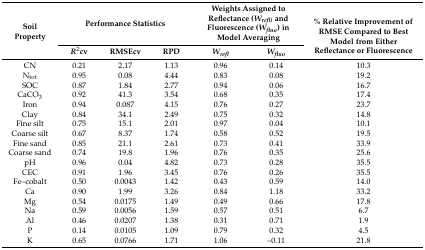
| <ROWSPAN=2> Soil Property | <COLSPAN=3> Performance Statistics | <COLSPAN=2> Weights Assigned to Reflectance (Wrefl) and Fluorescence (Wfluo) in Model Averaging | <ROWSPAN=2> % Relative Improvement of RMSE Compared to Best Model from Either Reflectance or Fluorescence |
 | R2cv | RMSEcv | RPD | Wrefl | Wfluo |
 | --- | --- | --- | --- | --- | --- | --- |
 | CN | 0.21 | 2.17 | 1.13 | 0.96 | 0.14 | 10.3 |
 | Ntot | 0.95 | 0.08 | 4.44 | 0.83 | 0.08 | 19.2 |
 | SOC | 0.87 | 1.84 | 2.77 | 0.94 | 0.06 | 16.7 |
 | CaCO3 | 0.92 | 41.3 | 3.54 | 0.68 | 0.35 | 17.4 |
 | Iron | 0.94 | 0.087 | 4.15 | 0.76 | 0.27 | 23.7 |
 | Clay | 0.84 | 34.1 | 2.49 | 0.75 | 0.32 | 14.8 |
 | Fine silt | 0.75 | 15.1 | 2.01 | 0.97 | 0.04 | 10.1 |
 | Coarse silt | 0.67 | 8.37 | 1.74 | 0.58 | 0.52 | 19.5 |
 | Fine sand | 0.85 | 21.1 | 2.61 | 0.73 | 0.41 | 33.9 |
 | Coarse sand | 0.74 | 19.8 | 1.96 | 0.76 | 0.35 | 25.6 |
 | pH | 0.96 | 0.04 | 4.82 | 0.73 | 0.28 | 35.5 |
 | CEC | 0.91 | 1.96 | 3.45 | 0.76 | 0.26 | 35.5 |
 | Fe–cobalt | 0.50 | 0.0043 | 1.42 | 0.43 | 0.59 | 14.0 |
 | Ca | 0.90 | 1.99 | 3.26 | 0.84 | 1.18 | 33.2 |
 | Mg | 0.54 | 0.0175 | 1.49 | 0.49 | 0.66 | 17.8 |
 | Na | 0.59 | 0.0056 | 1.59 | 0.57 | 0.51 | 6.7 |
 | Al | 0.46 | 0.0207 | 1.38 | 0.31 | 0.71 | 1.9 |
 | P | 0.14 | 0.0105 | 1.09 | 0.79 | 0.32 | 4.5 |
 | K | 0.65 | 0.0766 | 1.71 | 1.06 | –0.11 | 21.8 |